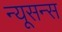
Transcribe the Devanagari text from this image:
न्यूसन्स